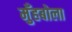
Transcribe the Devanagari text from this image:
मुँहबोला